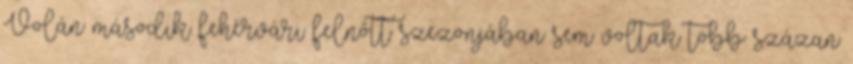
Volán második fehérvári felnőtt szezonjában sem voltak több százan